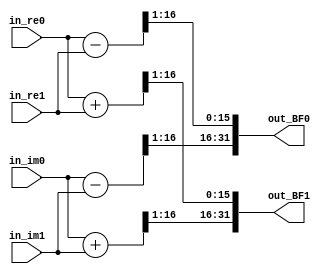
module BF(
            input signed [15:0] in_re0,
            input signed [15:0] in_im0,
            input signed [15:0] in_re1,
            input signed [15:0] in_im1,
            output signed [31:0] out_BF0,
            output signed [31:0] out_BF1
);

wire signed [16:0] tmp_re0;
wire signed [16:0] tmp_im0;
wire signed [16:0] tmp_re1;
wire signed [16:0] tmp_im1;

assign tmp_re0 = in_re0 - in_re1; // real - real
assign tmp_re1 = in_re0 + in_re1; // real - real

assign tmp_im0 = in_im0 - in_im1; // imag - imag
assign tmp_im1 = in_im0 + in_im1; // imag - imag

assign out_BF0 = {tmp_im0[16:1], tmp_re0[16:1]};
assign out_BF1 = {tmp_im1[16:1], tmp_re1[16:1]};

endmodule